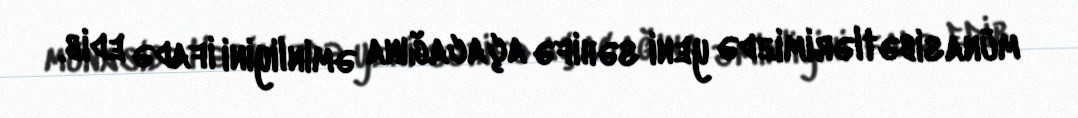
münasibətlərimizdə yeni səhifə açacağına əminliyini ifadə edib.